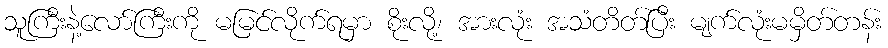
သူကြီးနဲ့လော်ကြီးကို မမြင်လိုက်ရမှာ စိုးလို့၊ အားလုံး အသံတိတ်ပြီး မျက်လုံးမမှိတ်တန်း